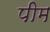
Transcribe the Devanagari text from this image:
पीम